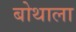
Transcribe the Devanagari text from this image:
बोथाला